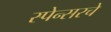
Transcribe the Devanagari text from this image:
स्पेन्सरचे